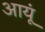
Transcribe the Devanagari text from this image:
आयूं